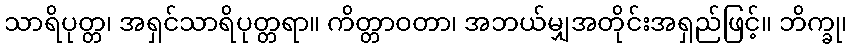
သာရိပုတ္တ၊ အရှင်သာရိပုတ္တရာ။ ကိတ္တာဝတာ၊ အဘယ်မျှအတိုင်းအရှည်ဖြင့်။ ဘိက္ခု၊